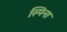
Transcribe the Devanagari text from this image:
स्पिना